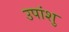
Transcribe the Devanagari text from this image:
उपांशु